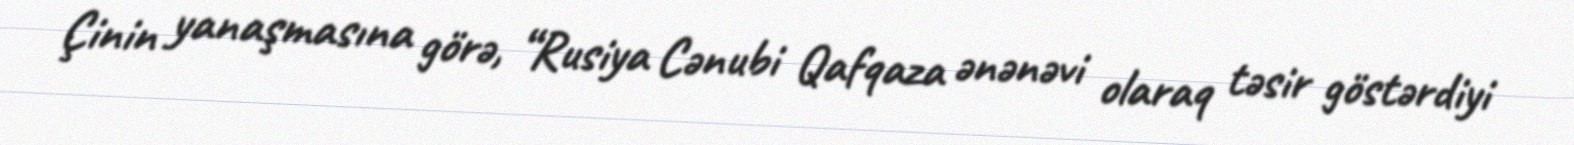
Çinin yanaşmasına görə, “Rusiya Cənubi Qafqaza ənənəvi olaraq təsir göstərdiyi